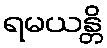
ရမယန္တိ